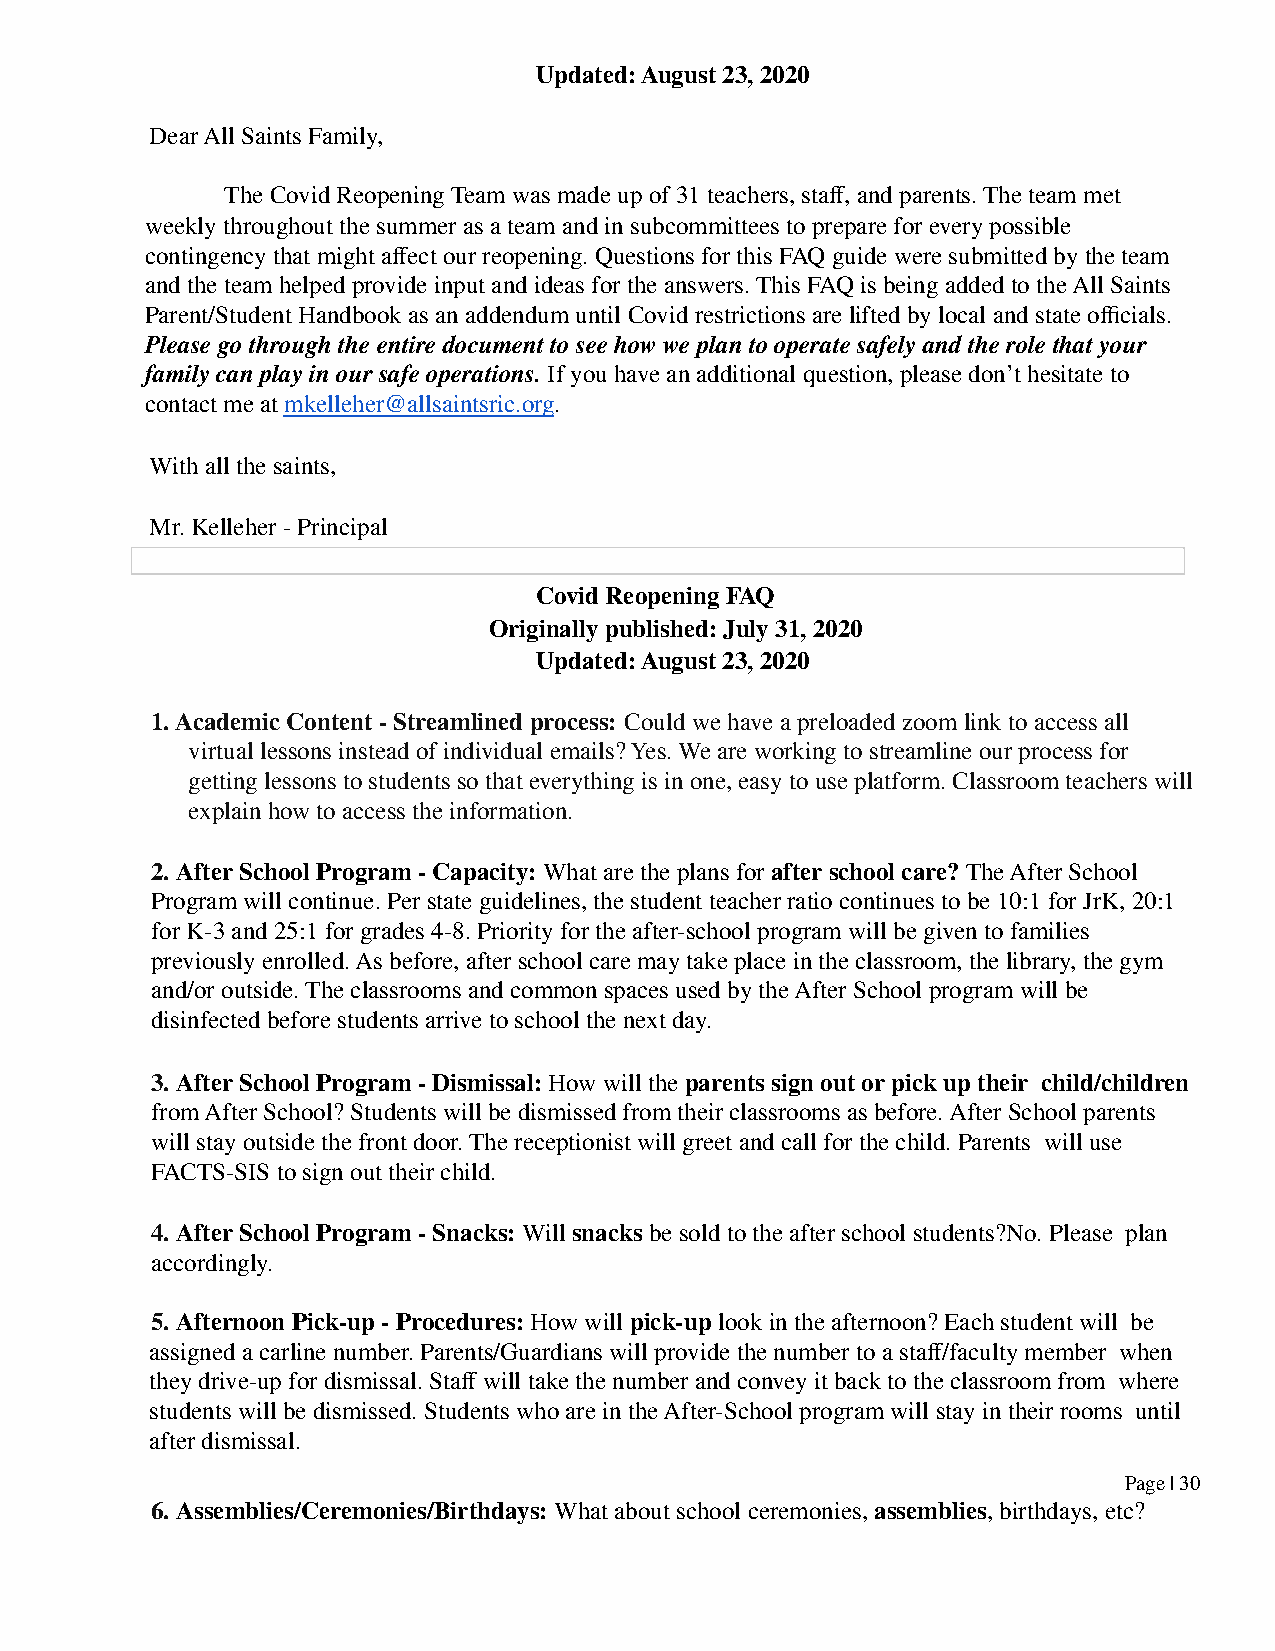
Updated: August 23, 2020
 Dear All Saints Family,
 The Covid Reopening Team was made up of 31 teachers, staff, and parents. The team met
 weekly throughout the summer as a team and in subcommittees to prepare for every possible
 contingency that might affect our reopening. Questions for this FAQ guide were submitted by the team
 and the team helped provide input and ideas for the answers. This FAQ is being added to the All Saints
 Parent/Student Handbook as an addendum until Covid restrictions are lifted by local and state officials.
 Please go through the entire document to see how we plan to operate safely and the role that your
 family can play in our safe operations. If you have an additional question, please don’t hesitate to
 contact me at mkelleher@allsaintsric.org.
 With all the saints,
 Mr. Kelleher - Principal
 Covid Reopening FAQ
 Originally published: July 31, 2020
 Updated: August 23, 2020
 1. Academic Content - Streamlined process: Could we have a preloaded zoom link to access all
 virtual lessons instead of individual emails? Yes. We are working to streamline our process for
 getting lessons to students so that everything is in one, easy to use platform. Classroom teachers will
 explain how to access the information.
 2. After School Program - Capacity: What are the plans for after school care? The After School
 Program will continue. Per state guidelines, the student teacher ratio continues to be 10:1 for JrK, 20:1
 for K-3 and 25:1 for grades 4-8. Priority for the after-school program will be given to families
 previously enrolled. As before, after school care may take place in the classroom, the library, the gym
 and/or outside. The classrooms and common spaces used by the After School program will be
 disinfected before students arrive to school the next day.
 3. After School Program - Dismissal: How will the parents sign out or pick up their child/children
 from After School? Students will be dismissed from their classrooms as before. After School parents
 will stay outside the front door. The receptionist will greet and call for the child. Parents will use
 FACTS-SIS to sign out their child.
 4. After School Program - Snacks: Will snacks be sold to the after school students?No. Please plan
 accordingly.
 5. Afternoon Pick-up - Procedures: How will pick-up look in the afternoon? Each student will be
 assigned a carline number. Parents/Guardians will provide the number to a staff/faculty member when
 they drive-up for dismissal. Staff will take the number and convey it back to the classroom from where
 students will be dismissed. Students who are in the After-School program will stay in their rooms until
 after dismissal.
 Page | 30
 6. Assemblies/Ceremonies/Birthdays: What about school ceremonies, assemblies, birthdays, etc?